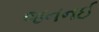
જનનઈ